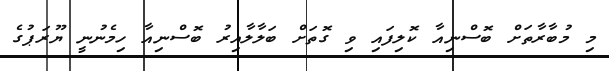
މި މުބާރާތަށް ބޮސްނިއާ ކޮލިފައި ވި ގޮތަށް ބަލާލާއިރު ބޮސްނިއާ ހިމެނުނީ ޔޫރަޕުގެ